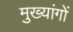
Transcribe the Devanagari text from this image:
मुख्यांगों